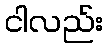
ငါလည်း